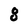
Character: 8